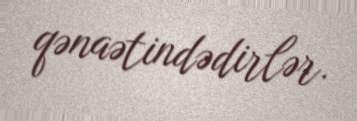
qənaətindədirlər.